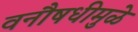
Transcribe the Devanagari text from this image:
वनौषधीमुळे